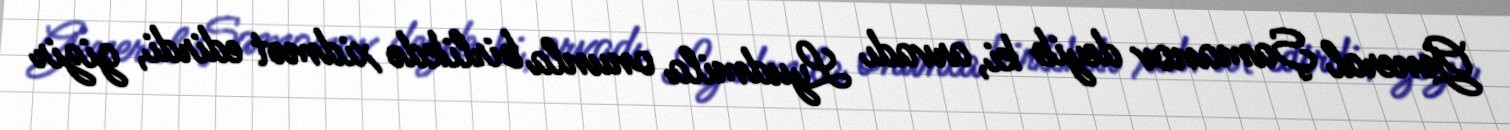
General Şamanov deyib ki, arvadı Lyudmila onunla birlikdə xidmət edirdi, gizir